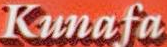
Kunafa